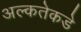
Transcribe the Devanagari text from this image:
अल्कतेकडे